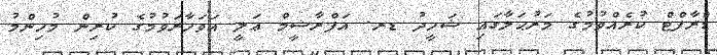
ޑްރާފްޓް ކުރެއްވުމުގެ މަރުޙަލާގައި ޝަހީދު ޑރ. އަފްރާޝީމް ޢަލީ އަވަހާރަވުމުގެ ކުރިން މުހިންމު